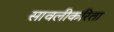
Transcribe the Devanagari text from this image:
सावलीकरिता